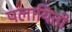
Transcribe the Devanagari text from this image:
पलायितो